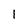
Character: 1